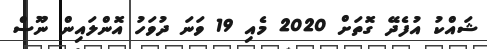
ޝައްކު އުފެދޭ ގޮތަށް 2020 މެއި 19 ވަނަ ދުވަހު އޮންލައިން ނޫސް